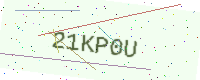
Text: 21KP0U